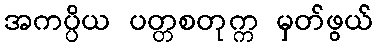
အကပ္ပိယ ပတ္တစတုက္က မှတ်ဖွယ်